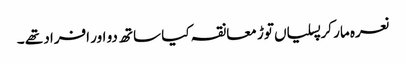
نعرہ مار کر پسلیاں توڑ معانقہ کیا ساتھ دو اور افراد تھے ۔